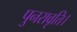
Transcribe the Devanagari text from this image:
पुनरावृत्ति।